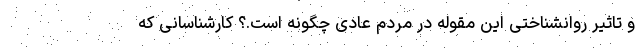
و تاثیر روانشناختی این مقوله در مردم عادی چگونه است.؟ کارشناسانی که